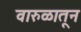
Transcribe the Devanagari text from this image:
वारुळातून